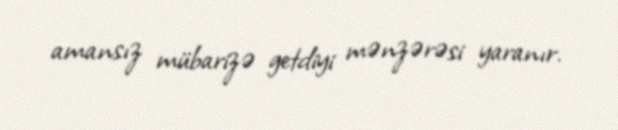
amansız mübarizə getdiyi mənzərəsi yaranır.